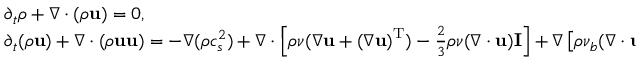
\begin{array} { l } { { \partial _ { t } } \rho + \nabla \cdot ( \rho { \bf { u } } ) = 0 , } \\ { { \partial _ { t } } ( \rho { \bf { u } } ) + \nabla \cdot ( \rho { \bf { u u } } ) = - \nabla ( \rho c _ { s } ^ { 2 } ) + \nabla \cdot \left[ { \rho \nu ( \nabla { \bf { u } } + { { ( \nabla { \bf { u } } ) } ^ { \mathrm { T } } } ) - \frac { 2 } { 3 } \rho \nu ( \nabla \cdot { \bf { u } } ) { \bf { I } } } \right] + \nabla \left[ { \rho { \nu _ { b } } ( \nabla \cdot { \bf { u } } ) } \right] + { \bf { F } } . } \end{array}